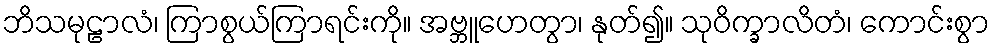
ဘိသမုဠာလံ၊ ကြာစွယ်ကြာရင်းကို။ အဗ္ဘူဟေတွာ၊ နုတ်၍။ သုဝိက္ခာလိတံ၊ ကောင်းစွာ